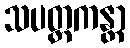
သပတ္တကန္တာ